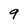
Character: 9